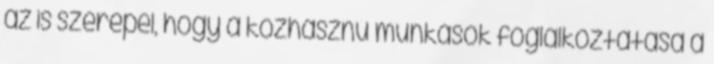
az is szerepel, hogy a közhasznú munkások foglalkoztatása a